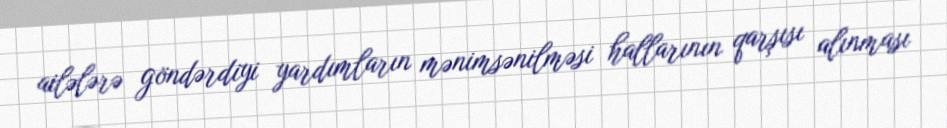
ailələrə göndərdiyi yardımların mənimsənilməsi hallarının qarşısı alınması